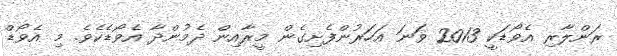
ރަންލާރި އެވޯޑަކީ 2013 ވަނަ އަހަރުންފެށިގެން މީރާއިން ދެމުންދާ އެވޯޑެކެވެ. މި އެވޯޑް